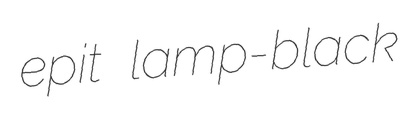
epit lamp-black